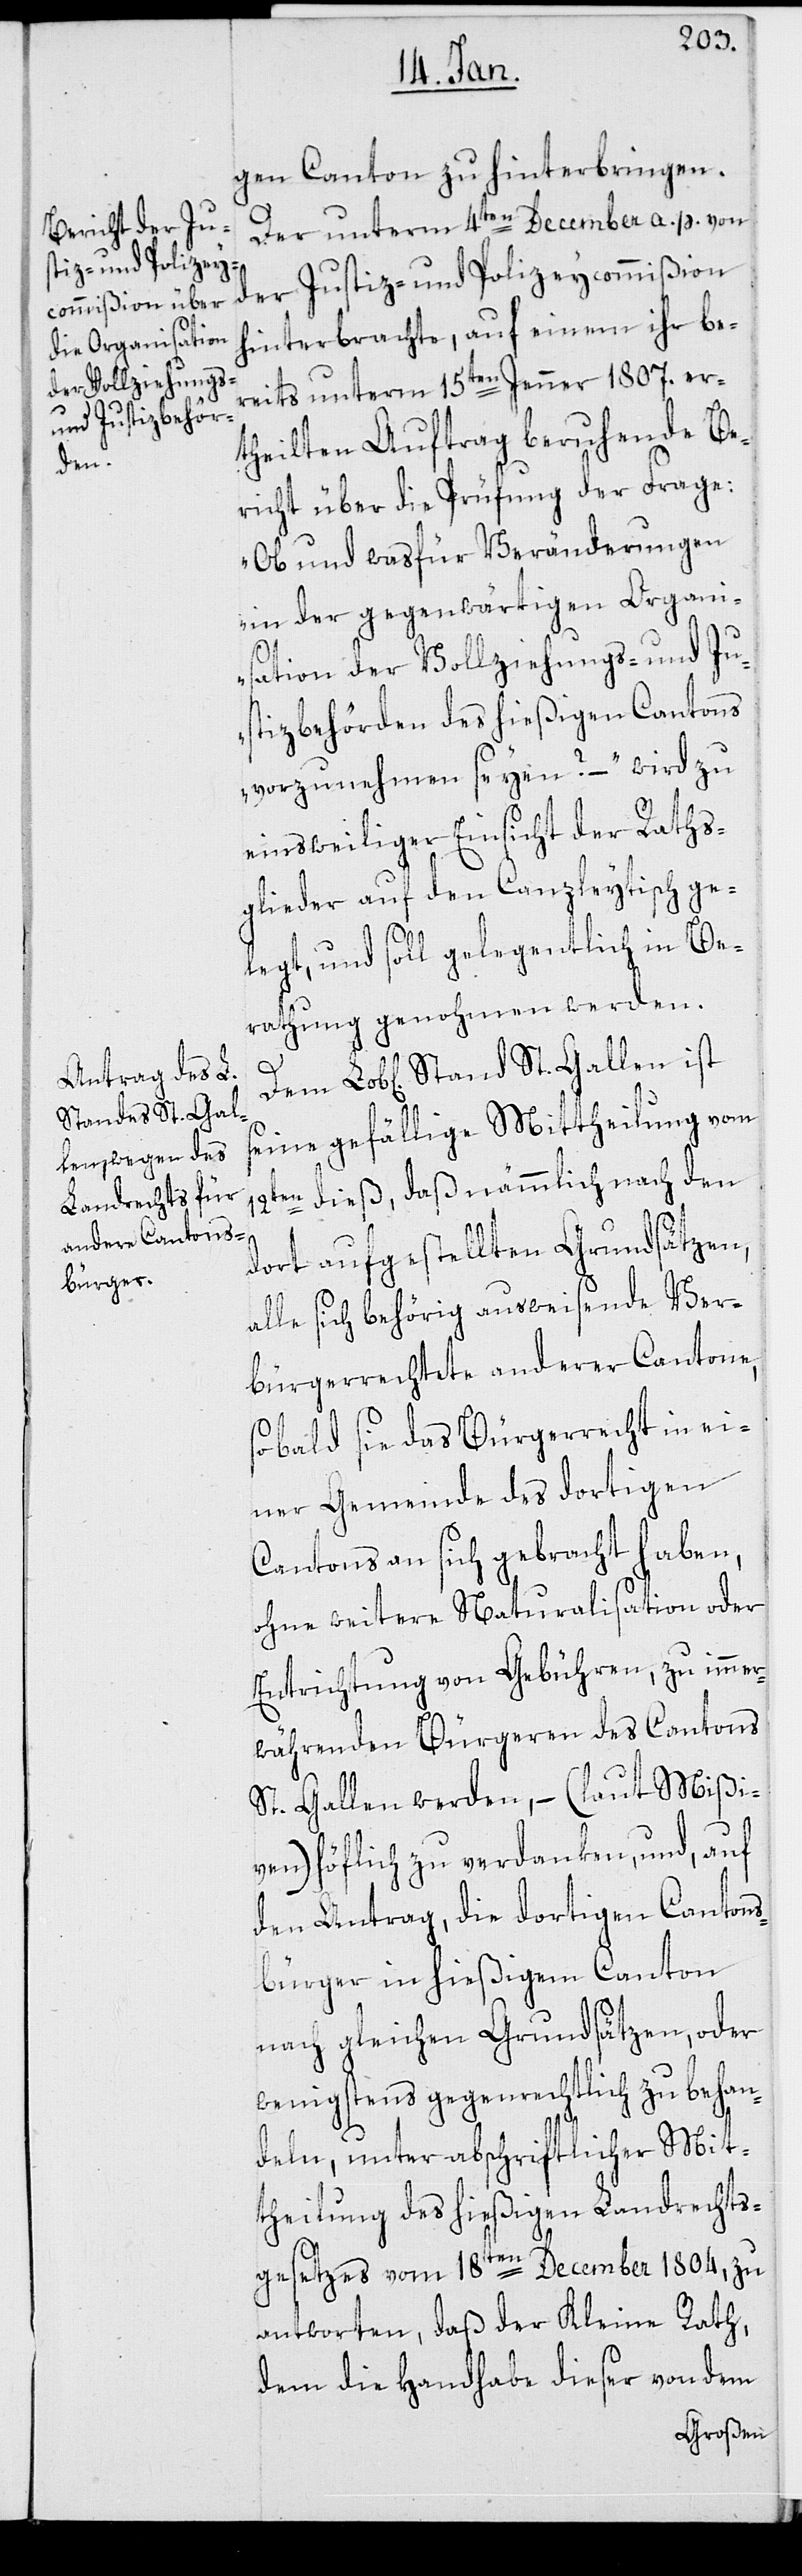
len
Stand St. Gal¬

[i]gen Canton zu hinterbringen.
Der unterm 4ten December a. p. von
der Justiz- und Polizeycommißion
hinterbrachte, auf einem ihr be¬
reits unterm 15ten Jenner 1807. er¬
theilten Auftrag beruhende Be¬
richt über die Prüfung der Frage:
„Ob und was für Veränderungen
in der gegenwärtigen Organi¬
sation der Vollziehungs- und Ju¬
stizbehörden des hießigen Cantons
vorzunehmen seyen?“ – wird zu
einsweiliger Einsicht der Raths¬
glieder auf den Canzleytisch ge¬
legt, und soll gelegentlich in Be¬
rathung genommen werden.
seine gefällige Mittheilung vom
12ten dieß, daß nämmlich nach den
dort aufgestellten Grundsätzen,
alle sich behörig ausweisende Ver¬
bürgerrechtete anderer Cantone,
sobald sie das Bürgerrecht in ei¬
ner Gemeinde des dortigen
Cantons an sich gebracht haben,
ohne weitere Naturalisation oder
Entrichtung von Gebühren, zu immer¬
währenden Bürgeren des Cantons
St. Gallen werden, – (laut Mißi¬
ven) höflich zu verdanken, und, auf
den Antrag, die dortigen Cantons¬
bürger in hießigem Canton
nach gleichen Grundsätzen, oder
wenigstens gegenrechtlich zu behan¬
deln, unter abschriftlicher Mit¬
theilung des hießigen Landrechts¬
gesetzes vom 18ten December 1804. zu
antworten, daß der Kleine Rath,
dem die Handhabe dieser von dem